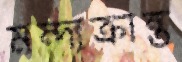
মন্দাক্রান্ত